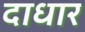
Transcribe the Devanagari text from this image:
दाधार